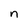
Character: n